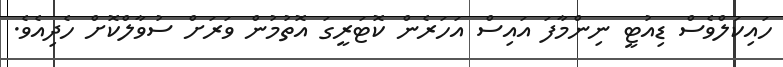
ހައިކަލްވެސް ޑިއުޓީ ނިންމާފަ އައިސް އަަހަރެން ކޮޓަރީގަ އޮތުމުން ވަރަށް ސުވާލްކޮށް ހެދިއެވެ.